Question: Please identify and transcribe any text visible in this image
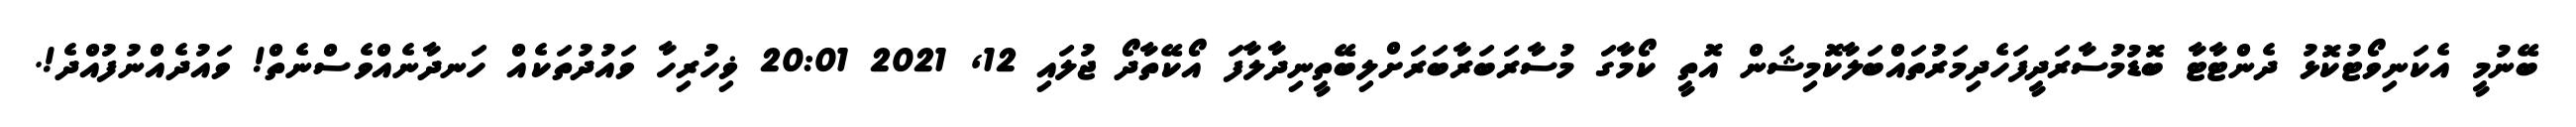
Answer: ބޭނުމީ އެކަނިވޯޓުކޮޅު ދެންޓާޓާ ބޮޑުމުސާރަދީފަހެދިމަރުތައްބަލާކޮމިޝަން އޮތީ ކޯމާގަ މުސާރަބަރާބަރަށްލިބޭތީނިދާލާފަ އޯކޭތާދޯ ޖުލައި 12, 2021 20:01 ޥިހުރިހާ ވައުދުތަކެއް ހަނދާނެއްވެސްނެތް! ވައުދެއްނުފުއްދެ!.